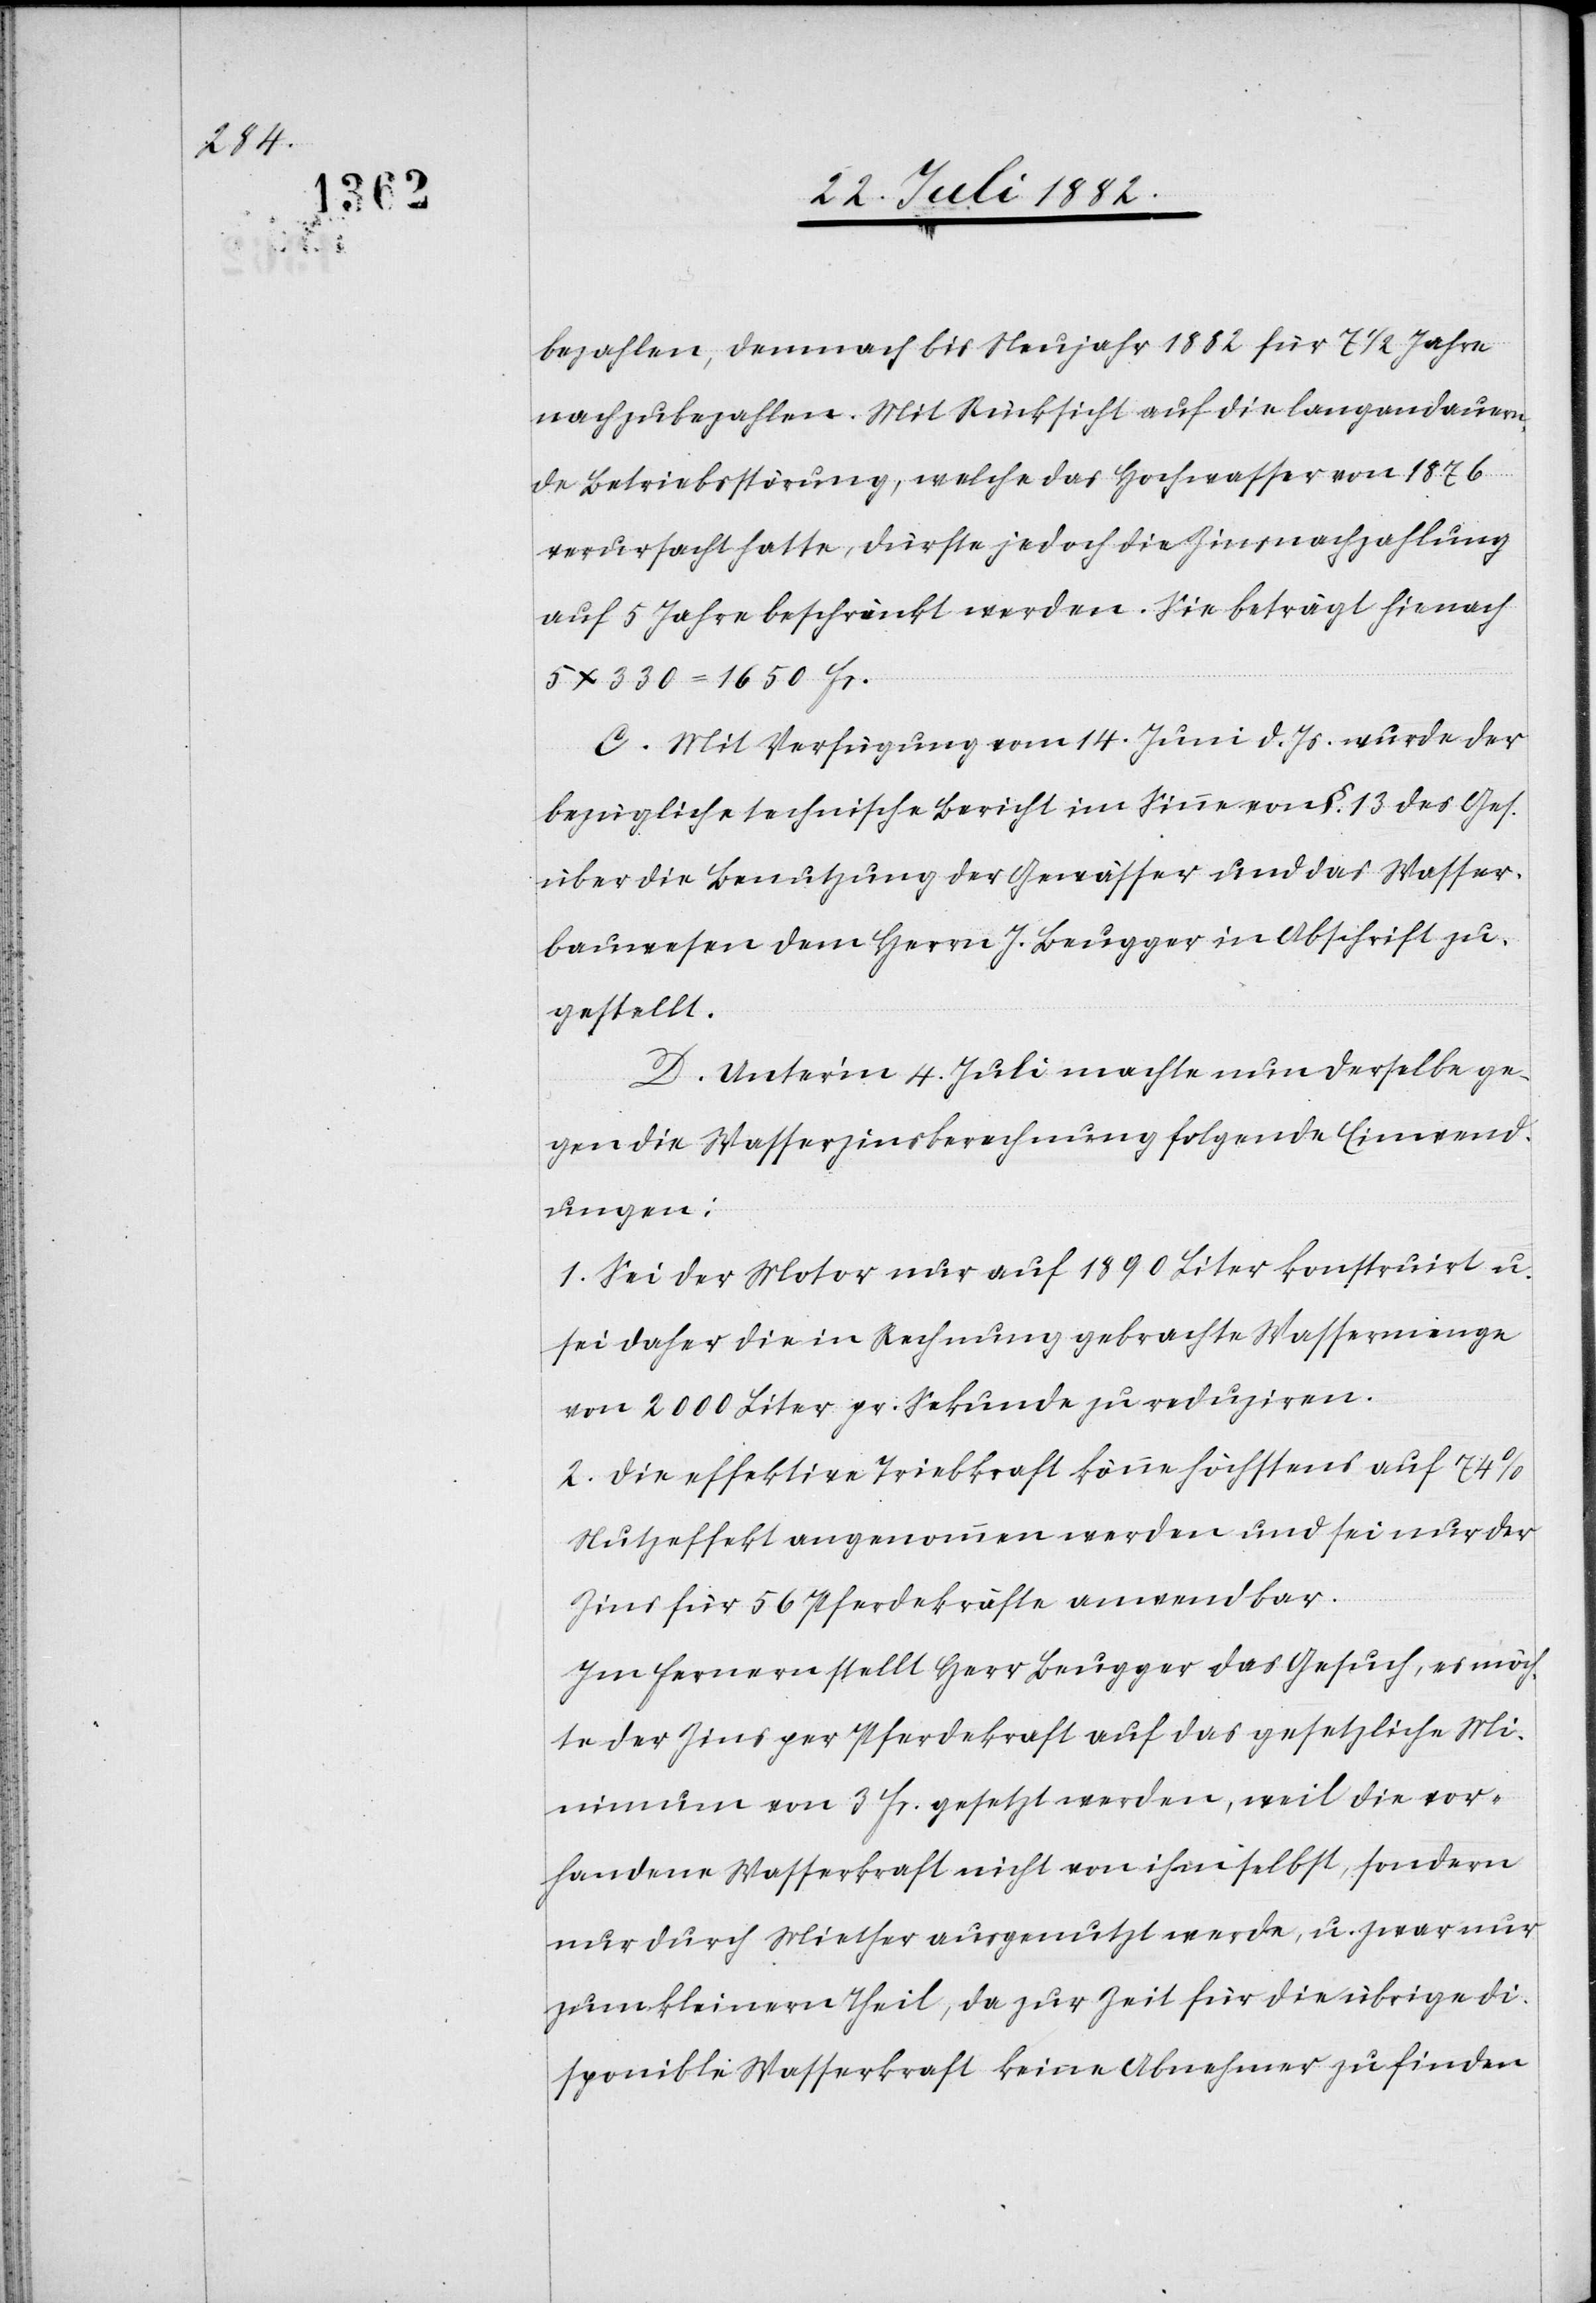
bezahlen, demnach bis Neujahr 1882 für 7 1/2 Jahre
nachzubezahlen. Mit Rücksicht auf die langandauern¬
de Betriebsstörung, welche das Hochwasser von 1876
verursacht hatte, dürfte jedoch die Zinsnachzahlung
auf 5 Jahre beschränkt werden. Sie beträgt hienach
5 x 330 = 1650 Fr.
C. Mit Verfügung vom 14. Juni d. Js. wurde der
bezügliche technische Bericht im Sinne von §. 13 des Ges.
über die Benutzung der Gewässer und das Wasser¬
bauwesen dem Herrn J. Beugger in Abschrift zu¬
gestellt.
D. Unter’m 4. Juli machte nun derselbe ge¬
gen die Wasserzinsberechnung folgende Einwend¬
ungen:
1. Sei der Motor nur auf 1890 Liter konstruirt u.
sei daher die in Rechnung gebrachte Wassermenge
von 2000 Liter pr. Sekunde zu reduziren.
2. Die effektive Triebkraft könne höchstens auf 74%
Nutzkraft angenommen werden und sei nur der
Zins für 56 Pferdekräfte anwendbar.
In Fernern stellt Herr Beugger das Gesuch, es möch¬
te der Zins per Pferdekraft auf das gesetzliche Mi¬
nimum von 3 Fr. gesetzt werden, weil die vor¬
handene Wasserkraft nicht von ihm selbst, sondern
nur durch Miether ausgenutzt werde, u. zwar nur
zum kleinern Theil, da zur Zeit für die übrige di¬
sponible Wasserkraft keine Abnehmer zu finden